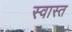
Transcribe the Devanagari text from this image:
स्वास्त